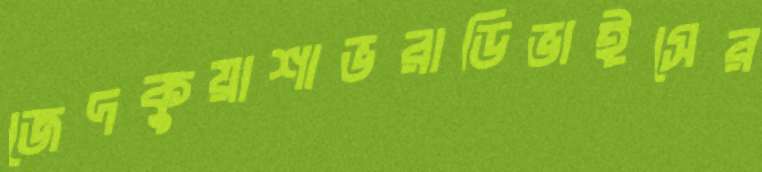
জেদকুয়াশাভরাডিভাইসের